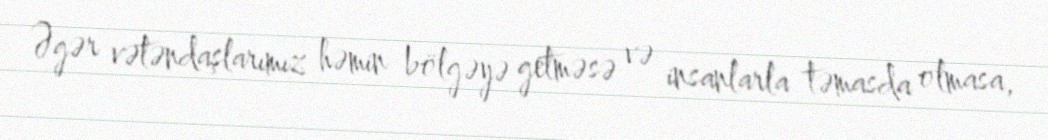
Əgər vətəndaşlarımız həmin bölgəyə getməsə və insanlarla təmasda olmasa,